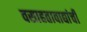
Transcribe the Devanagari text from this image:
वसाहतावाद्यांची